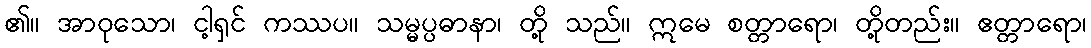
၏။ အာဝုသော၊ ငါ့ရှင် ကဿပ။ သမ္မပ္ပဓာနာ၊ တို့ သည်။ ဣမေ စတ္တာရော၊ တို့တည်း။ ဧတ္တာရော၊